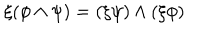
LaTeX: \xi ( \phi \wedge \psi ) = ( \xi \psi ) \wedge ( \xi \phi )